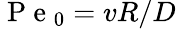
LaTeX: \mathrm{~P~e~}_{0}=vR/D